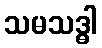
သမသဒ္ဓါ